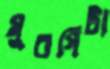
মুরগিটা